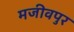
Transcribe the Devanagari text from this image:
मजीवपुर